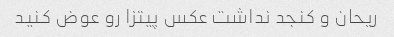
ریحان و کنجد نداشت عکس پیتزا رو عوض کنید